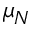
\mu _ { N }